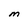
Character: M